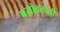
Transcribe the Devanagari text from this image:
पयोव्रताची